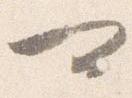
可